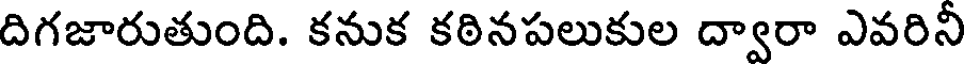
దిగజారుతుంది. కనుక కఠినపలుకుల ద్వారా ఎవరినీ